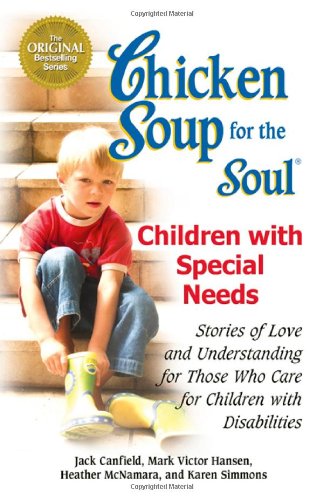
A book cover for Chicken Soup for the Soul: Children with Special Needs: Stories of Love and Understanding for Those Who Care for Children with Disabilities; Jack Canfield; Health, Fitness & Dieting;